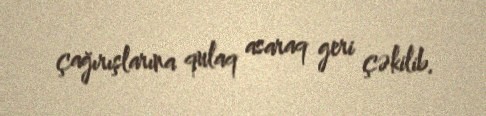
çağırışlarına qulaq asaraq geri çəkilib.